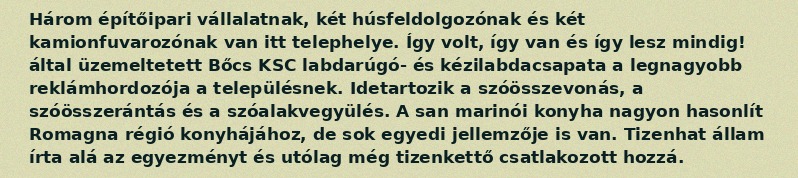
Három építőipari vállalatnak, két húsfeldolgozónak és két kamionfuvarozónak van itt telephelye. Így volt, így van és így lesz mindig! által üzemeltetett Bőcs KSC labdarúgó- és kézilabdacsapata a legnagyobb reklámhordozója a településnek. Idetartozik a szóösszevonás, a szóösszerántás és a szóalakvegyülés. A san marinói konyha nagyon hasonlít Romagna régió konyhájához, de sok egyedi jellemzője is van. Tizenhat állam írta alá az egyezményt és utólag még tizenkettő csatlakozott hozzá.